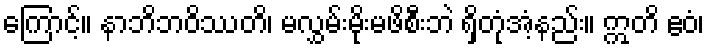
ကြောင့်။ နာဘိဘဝိဿတိ၊ မလွှမ်းမိုးမဖိစီးဘဲ ရှိတုံအံ့နည်း။ ဣတိ ဧဝံ၊